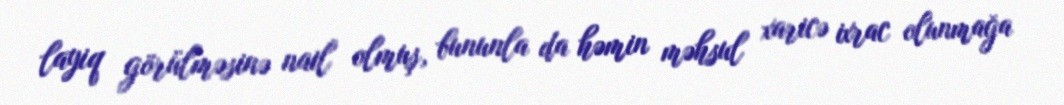
layiq görülməsinə nail olmuş, bununla da həmin məhsul xaricə ixrac olunmağa